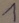
Text: 1